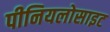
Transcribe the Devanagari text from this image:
पीनियलोसाइट